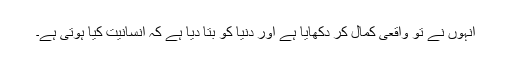
انہوں نے تو واقعی کمال کر دکھایا ہے اور دنیا کو بتا دیا ہے کہ انسانیت کیا ہوتی ہے۔